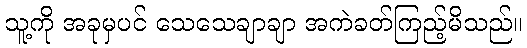
သူ့ကို အခုမှပင် သေသေချာချာ အကဲခတ်ကြည့်မိသည်။